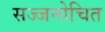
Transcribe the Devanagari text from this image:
सज्जनोचित